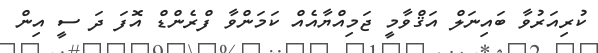
ކުރިއަރުވާ ބައިނަލް އަޤްވާމީ ޖަމިއްޔާއެއް ކަމަންވާ ފްރެންޑް އޮފަ ދަ ސީ އިން